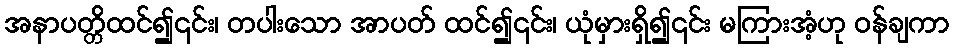
အနာပတ္တိထင်၍၎င်း၊ တပါးသော အာပတ် ထင်၍၎င်း၊ ယုံမှားရှိ၍၎င်း မကြားအံ့ဟု ဝန်ချကာ